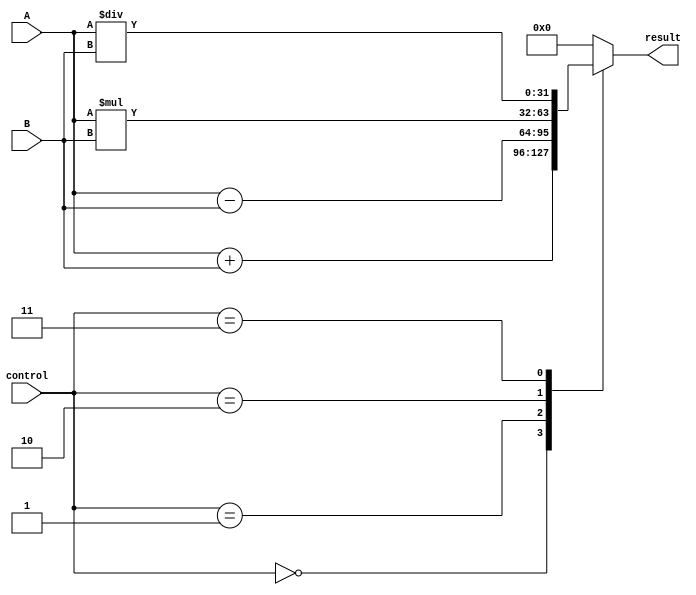
module ALU (
  input wire [31:0] A,
  input wire [31:0] B,
  input wire [2:0] control,
  output reg [31:0] result
);

always @(*)
begin
  case(control)
    3'b000: result = A + B; // Addition
    3'b001: result = A - B; // Subtraction
    3'b010: result = A * B; // Multiplication
    3'b011: result = A / B; // Division
    default: result = 32'b0; // Default case
  endcase
end

endmodule